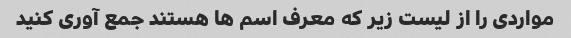
مواردی را از لیست زیر که معرف اسم ها هستند جمع آوری کنید